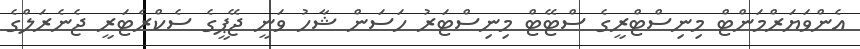
އެންވަޔަރްމަންޓް މިނިސްޓްރީގެ ސްޓޭޓް މިނިސްޓަރު ހަސަން ޝާހު ވަނީ ޖޭޕީގެ ސެކްރެޓަރީ ޖެނެރަލްގެ